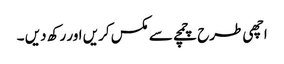
اچھی طرح چمچے سے مکس کریں اور رکھ دیں ۔